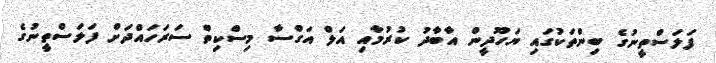
ފަލަސްތީނުގެ ބިންތަކުގައި ޔަހޫދީން އާބާދު ކުރުމާއި އަލް އަގްސާ މިސްކިތް ސަރަހައްދަށް ފަލަސްތީނުގެ